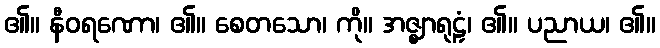
၏။ နီဝရဏော၊ ၏။ စေတသော၊ ကို။ အဇ္ဈာရုဠှံ၊ ၏။ ပညာယ၊ ၏။